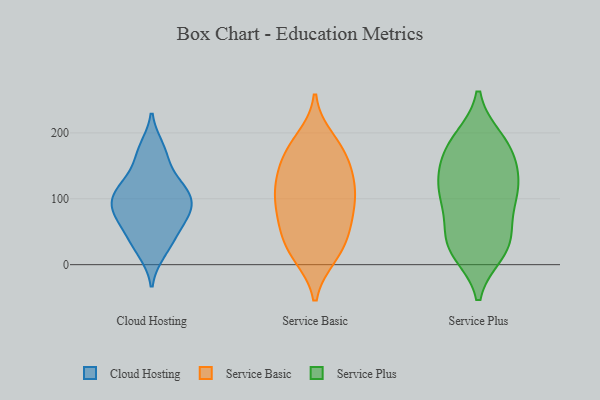
{"axis": {"x": "Net Income (USD K)", "y": "Value"}, "legend": ["Cloud Hosting", "Service Basic", "Service Plus"], "data": [{"x": "", "y": 164, "type": "Cloud Hosting"}, {"x": "", "y": 121, "type": "Cloud Hosting"}, {"x": "", "y": 91, "type": "Cloud Hosting"}, {"x": "", "y": 177, "type": "Cloud Hosting"}, {"x": "", "y": 101, "type": "Cloud Hosting"}, {"x": "", "y": 51, "type": "Cloud Hosting"}, {"x": "", "y": 126, "type": "Cloud Hosting"}, {"x": "", "y": 73, "type": "Cloud Hosting"}, {"x": "", "y": 19, "type": "Cloud Hosting"}, {"x": "", "y": 88, "type": "Cloud Hosting"}, {"x": "", "y": 72, "type": "Cloud Hosting"}, {"x": "", "y": 109, "type": "Cloud Hosting"}, {"x": "", "y": 35, "type": "Cloud Hosting"}, {"x": "", "y": 141, "type": "Service Basic"}, {"x": "", "y": 96, "type": "Service Basic"}, {"x": "", "y": 17, "type": "Service Basic"}, {"x": "", "y": 78, "type": "Service Basic"}, {"x": "", "y": 73, "type": "Service Basic"}, {"x": "", "y": 173, "type": "Service Basic"}, {"x": "", "y": 147, "type": "Service Basic"}, {"x": "", "y": 179, "type": "Service Basic"}, {"x": "", "y": 16, "type": "Service Basic"}, {"x": "", "y": 13, "type": "Service Basic"}, {"x": "", "y": 52, "type": "Service Basic"}, {"x": "", "y": 115, "type": "Service Basic"}, {"x": "", "y": 42, "type": "Service Basic"}, {"x": "", "y": 164, "type": "Service Basic"}, {"x": "", "y": 58, "type": "Service Basic"}, {"x": "", "y": 111, "type": "Service Basic"}, {"x": "", "y": 106, "type": "Service Basic"}, {"x": "", "y": 122, "type": "Service Basic"}, {"x": "", "y": 191, "type": "Service Basic"}, {"x": "", "y": 154, "type": "Service Plus"}, {"x": "", "y": 190, "type": "Service Plus"}, {"x": "", "y": 19, "type": "Service Plus"}, {"x": "", "y": 37, "type": "Service Plus"}, {"x": "", "y": 118, "type": "Service Plus"}, {"x": "", "y": 144, "type": "Service Plus"}, {"x": "", "y": 37, "type": "Service Plus"}, {"x": "", "y": 31, "type": "Service Plus"}, {"x": "", "y": 101, "type": "Service Plus"}, {"x": "", "y": 113, "type": "Service Plus"}, {"x": "", "y": 187, "type": "Service Plus"}, {"x": "", "y": 182, "type": "Service Plus"}, {"x": "", "y": 67, "type": "Service Plus"}, {"x": "", "y": 21, "type": "Service Plus"}, {"x": "", "y": 112, "type": "Service Plus"}, {"x": "", "y": 102, "type": "Service Plus"}, {"x": "", "y": 166, "type": "Service Plus"}]}